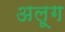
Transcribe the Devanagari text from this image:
अलूग